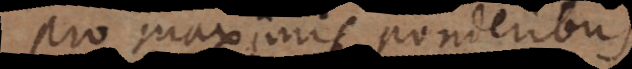
pro maximis ponderibus